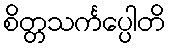
စိတ္တသင်္ကပ္ပေါတိ